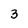
Character: 3